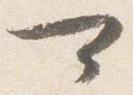
可